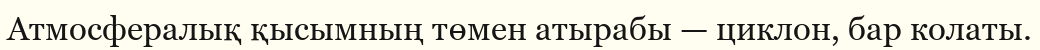
Атмосфералық қысымның төмен атырабы — циклон, бар колаты.